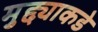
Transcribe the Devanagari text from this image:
मुद्द्याकडे